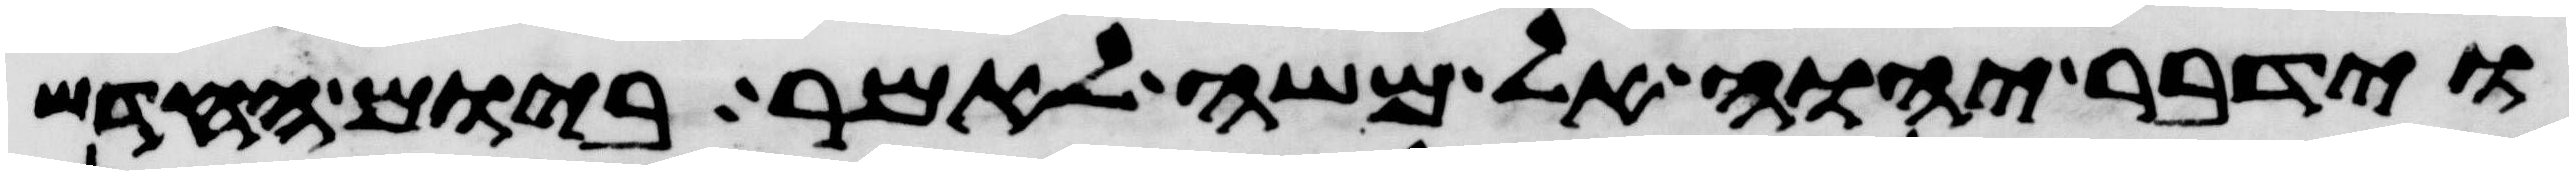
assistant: וידבר יהוה אל משה לאמר ביום החדש